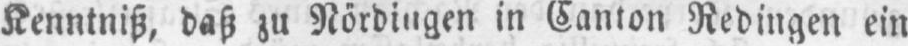
Kenntniß, daß zu Nördingen in Canton Redingen ein